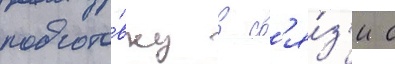
подгото́вку в св'я́з'и с